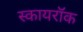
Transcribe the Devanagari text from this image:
स्कायरॉक